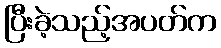
ပြီးခဲ့သည့်အပတ်က